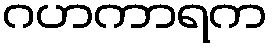
ဂဟကာရက